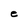
Character: e